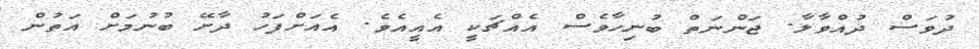
ދުވަސް ދުއްވާލާ. ޖަންނަތް ބުނިހާވެސް އެއްޗަކީ އެއީއެވެ. އެއަށްފަހު ދާށޭ ބުނުމަށް އަތުން